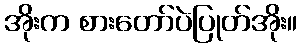
အိုးက စားတော်ပဲပြုတ်အိုး။